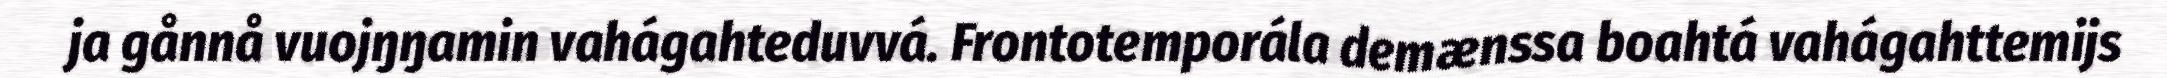
ja gånnå vuojŋŋamin vahágahteduvvá. Frontotemporála demænssa boahtá vahágahttemijs